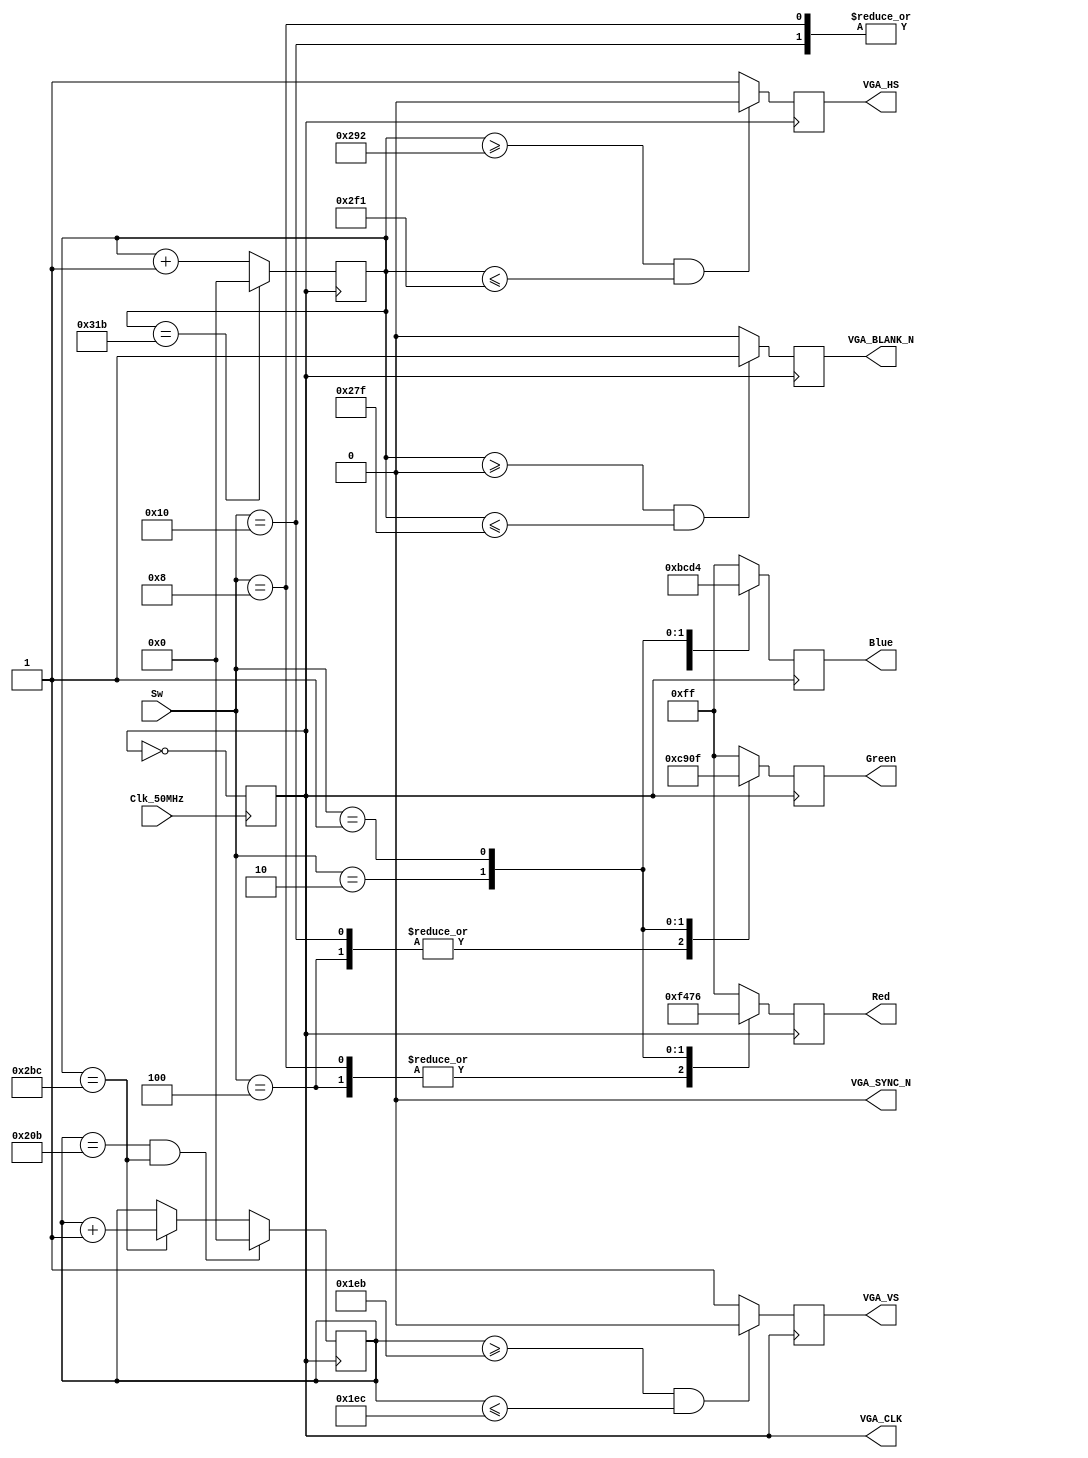
module VGA(Red, Green, Blue, 
			  VGA_CLK, VGA_BLANK_N, 
			  VGA_HS, VGA_VS, VGA_SYNC_N,
			  Clk_50MHz, Sw);
			  
// IO PORT
output reg [7:0]Red, Green, Blue;
output reg VGA_CLK = 1'b0, 
			  VGA_BLANK_N, VGA_HS, VGA_VS, 
			  VGA_SYNC_N = 1'b0;
input Clk_50MHz;
input [4:0]Sw;

// 25MHz -> 40ns
always@(posedge Clk_50MHz)begin
	VGA_CLK = ~VGA_CLK;
end

// Screen SCAN
reg [9:0]hor_counter, 
		   ver_counter;
// Horizontal Scan
always@(posedge VGA_CLK)begin
	if(hor_counter == 795) hor_counter = 0;
	else hor_counter = hor_counter + 1;
end
// Vertical Scan
always@(posedge VGA_CLK)begin
	if(ver_counter == 523 && hor_counter == 700) ver_counter = 0;
	else if(hor_counter == 700) ver_counter = ver_counter + 1;
end
// Horizontal Signal
always@(posedge VGA_CLK)begin
	if(hor_counter >= 658 && hor_counter <= 753) VGA_HS = 1'b0;
	else VGA_HS = 1'b1;
end
// Vertical Signal
always@(posedge VGA_CLK)begin
	if(ver_counter >= 491 && ver_counter <= 492) VGA_VS = 1'b0;
	else VGA_VS = 1'b1;
end

// Display
always@(posedge VGA_CLK)begin
	if(hor_counter >= 0 && hor_counter <= 639) VGA_BLANK_N = 1'b1;
	else VGA_BLANK_N = 1'b0;
	case(Sw)
		5'b10000:begin
			Red = 8'd255;
			Green = 8'd0;
			Blue = 8'd0;
		end
		5'b01000:begin
			Red = 8'd0;
			Green = 8'd255;
			Blue = 8'd0;
		end
		5'b00100:begin
			Red = 8'd0;
			Green = 8'd0;
			Blue = 8'd255;
		end
		5'b00010:begin
			Red = 8'd244;
			Green = 8'd201;
			Blue = 8'd188;
		end
		5'b00001:begin
			Red = 8'd118;
			Green = 8'd15;
			Blue = 8'd212;
		end
		default:begin
			Red = 8'd255;
			Green = 8'd255;
			Blue = 8'd255;
		end
	endcase
end

endmodule